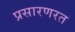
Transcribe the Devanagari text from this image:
प्रसारणरत